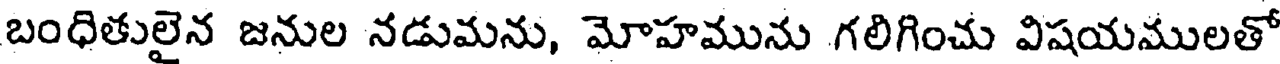
బంధితులైన జనుల నడుమను, మోహమును గలిగించు విషయములతో